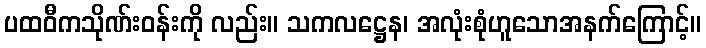
ပထဝီကသိုဏ်းဝန်းကို လည်း။ သကလဋ္ဌေန၊ အလုံးစုံဟူသောအနက်ကြောင့်။